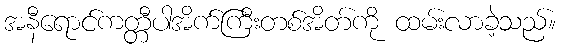
အနီရောင်ကတ္တီပါအိက်ကြီးတစ်အိတ်ကို ထမ်းလာခဲ့သည်။